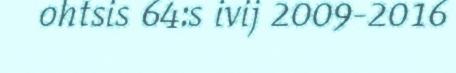
ohtsis 64:s ivij 2009-2016